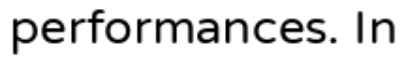
performances. In